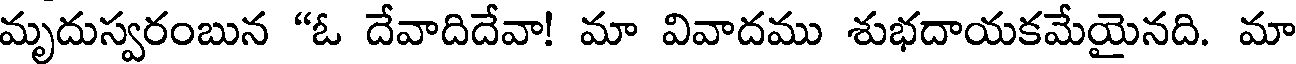
మృదుస్వరంబున "ఓ దేవాదిదేవా! మా వివాదము శుభదాయకమేయైనది. మా